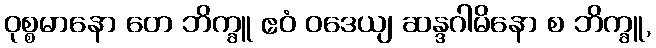
ဝုစ္စမာနော တေ ဘိက္ခူ ဧဝံ ဝဒေယျ ဆန္ဒဂါမိနော စ ဘိက္ခူ,